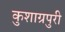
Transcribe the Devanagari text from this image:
कुशाग्रपुरी